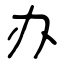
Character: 办